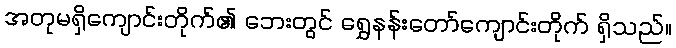
အတုမရှိကျောင်းတိုက်၏ ဘေးတွင် ရွှေနန်းတော်ကျောင်းတိုက် ရှိသည်။